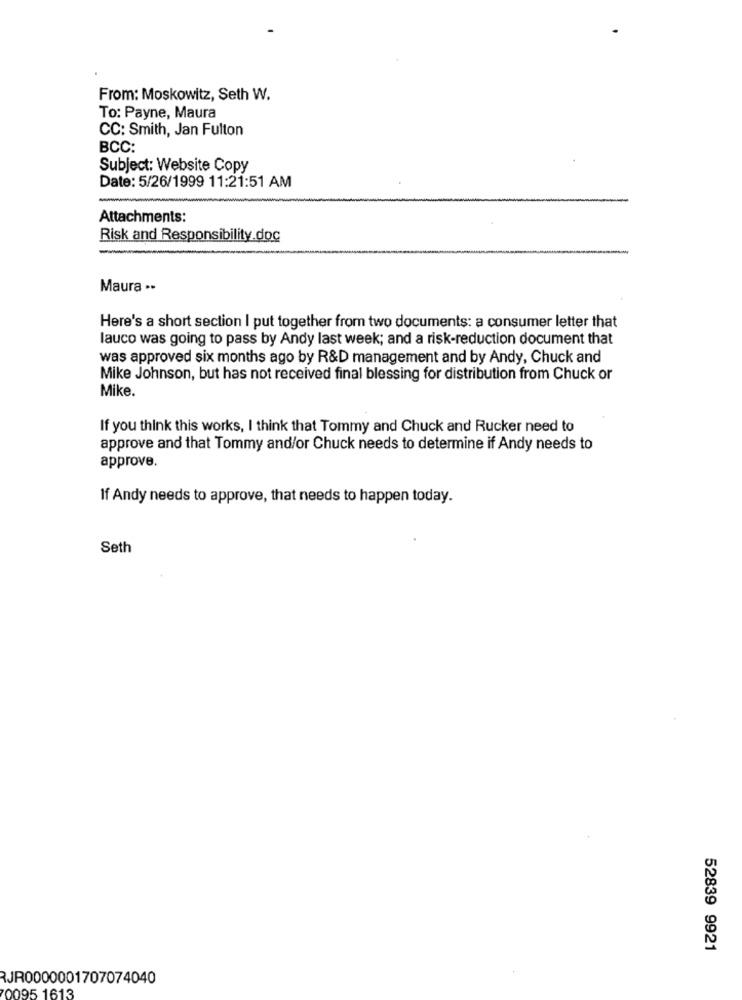
From: Moskowitz, Seth W.
To: Payne, Maura
CC: Smith, Jan Fulton
BCC:
Subject: Website Copy
Date: 5/26/1999 11:21:51 AM
Attachments:
Risk and Responsibility.doc
Maura .-
Here's a short section I put together from two documents: a consumer letter that
lauco was going to pass by Andy last week; and a risk-reduction document that
was approved six months ago by R&D management and by Andy, Chuck and
Mike Johnson, but has not received final blessing for distribution from Chuck or
Mike.
If you think this works, I think that Tommy and Chuck and Rucker need to
approve and that Tommy and/or Chuck needs to determine if Andy needs to
approve.
If Andy needs to approve, that needs to happen today.
Seth
52839 9921
RJR0000001707074040
0095 1613